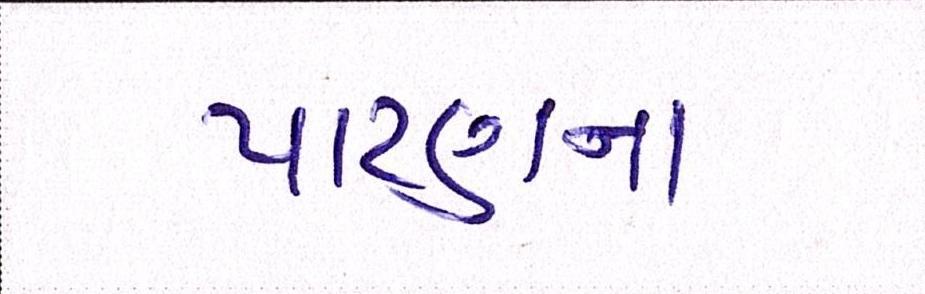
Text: પાટણના